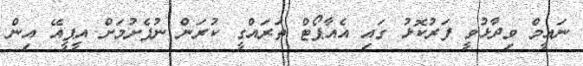
ނައީމް ވިދާޅުވީ ފަރުކޮޅު ގައި އެއާޕޯޓް ތަރައްގީ ކުރަން ނުފެށުމަށް އީޕީއޭ އިން